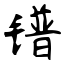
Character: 镨